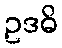
ဥဒဓိ